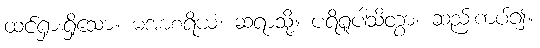
ထင်ရှားရှိသော။ မအာစရိယံ၊ ဆရာသို့။ ပရိရူပါသိတွာ၊ ဆည်းကပ်၍။